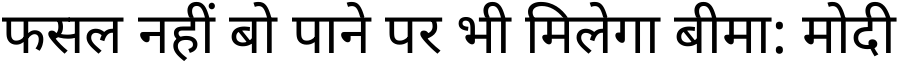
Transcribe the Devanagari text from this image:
फसल नहीं बो पाने पर भी मिलेगा बीमा: मोदी